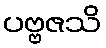
ပဗ္ဗဇသိ